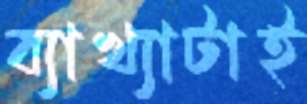
ব্যাখ্যাটাই